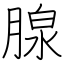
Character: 腺